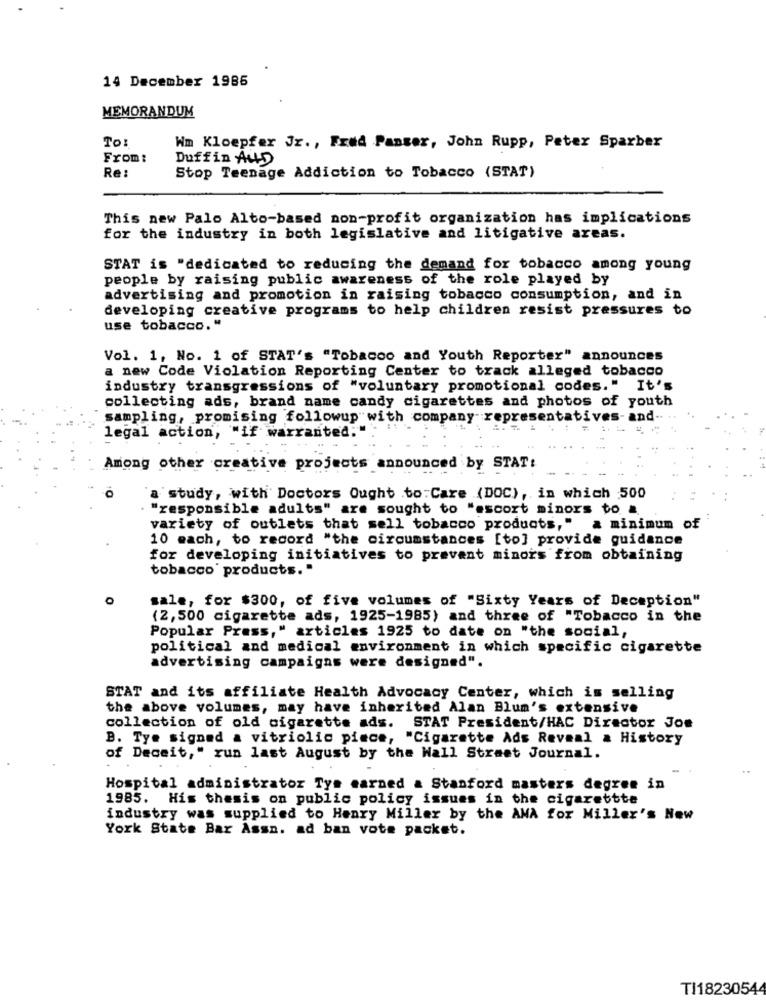
14 December 1985
MEMORANDUM
To:
Wm Kloepfer Jr ., Fred Panser, John Rupp, Peter Sparber
From:
Duffin AND
Re:
Stop Teenage Addiction to Tobacco (STAT)
This new Palo Alto-based non-profit organization has implications
for the industry in both legislative and litigative areas.
STAT is "dedicated to reducing the demand for tobacco among young
people by raising public awareness of the role played by
advertising and promotion in raising tobacco consumption, and in
developing creative programs to help children resist pressures to
use tobacco."
Vol. 1, No. 1 of STAT's "Tobacco and Youth Reporter" announces
a new Code Violation Reporting Center to track alleged tobacco
industry transgressions of "voluntary promotional codes." It's
collecting ads, brand name candy cigarettes and photos of youth
sampling, promising followup with company
representatives- and
legal action, "if warranted:"
Among other creative projects announced by STAT:
10
a study, with Doctors Ought to:Care (DOC), in which 500
"responsible adults" are sought to "escort minors to a.
variety of outlets that sell tobacco products," a minimum of
10 each, to record "the circumstances [to] provide guidance
for developing initiatives to prevent minors from obtaining
tobacco products."
O
sale, for $300, of five volumes of "Sixty Years of Deception"
(2,500 cigarette ads, 1925-1985) and three of "Tobacco in the
Popular Press," articles 1925 to date on "the social,
political and medical environment in which specific cigarette
advertising campaigns were designed".
STAT and its affiliate Health Advocacy Center, which is selling
the above volumes, may have inherited Alan Blum's extensive
collection of old cigarette ads. STAT President/HAC Director Joe
B. Tye signed a vitriolic piece, "Cigarette Ads Reveal a History
of Deceit," run last August by the Wall Street Journal.
Hospital administrator Tys earned & Stanford masters degree in
1985. His thesis on public policy issues in the cigarettte
industry was supplied to Henry Miller by the AMA for Miller's New
York State Bar Assn. ad ban vote packet.
TI18230544